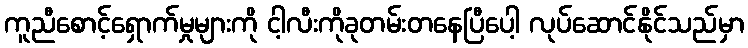
ကူညီစောင့်ရှောက်မှုများကို ငါ့လီးကိုခုတမ်းတနေပြီပေါ့ လုပ်ဆောင်နိုင်သည်မှာ